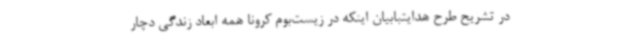
در تشریح طرح هدایتبابیان اینکه در زیست‌بوم کرونا همه ابعاد زندگی دچار